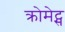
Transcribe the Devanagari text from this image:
क्रोमेट्स